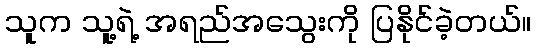
သူက သူ့ရဲ့ အရည်အသွေးကို ပြနိုင်ခဲ့တယ်။